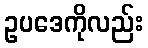
ဥပဒေကိုလည်း